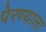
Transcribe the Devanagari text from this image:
पेरण्याला